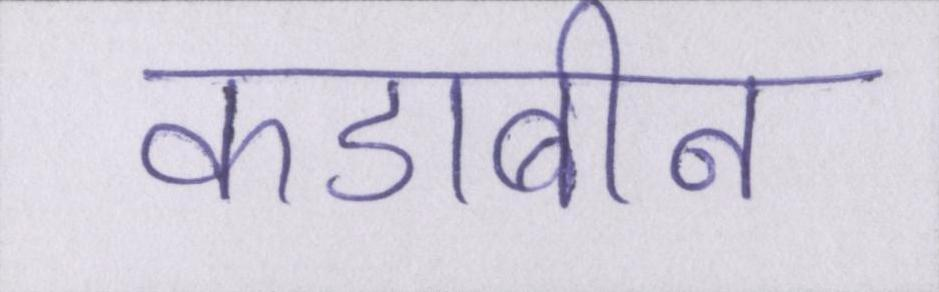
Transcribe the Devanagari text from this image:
कडाबीन